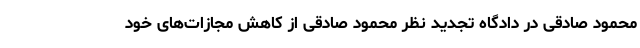
محمود صادقی در دادگاه تجدید نظر محمود صادقی از کاهش مجازات‌های خود